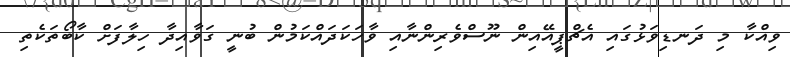
ވިއްކާ މި ދަނޑިވަޅުގައި އެޗްޕީއޭއިން ނޫސްވެރިންނާއި ވާހަކަދައްކަމުން ބުނީ ގަވާއިދާ ހިލާފަށް ކާބޯތަކެތި